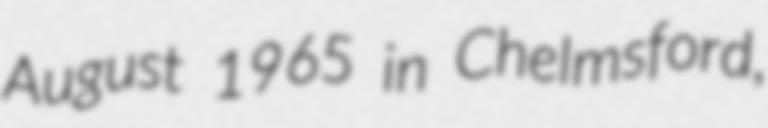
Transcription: August 1965 in Chelmsford,